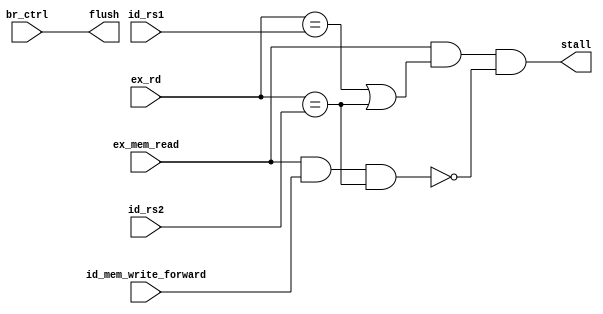
module hazard_detection(
    input  wire      ex_mem_read,
    input  wire[4:0] id_rs1,
    input  wire[4:0] id_rs2,
    input  wire[4:0] ex_rd,
    input  wire      br_ctrl,
    input  wire      id_mem_write_forward,
    output wire      stall,
    output wire      flush
);

wire load_stall;
assign load_stall      = ex_mem_read && (ex_rd == id_rs1 || ex_rd == id_rs2);
//detect load+store to avoid being stalled
assign stall_exception = ex_mem_read && id_mem_write_forward && (ex_rd == id_rs2);
assign flush           = br_ctrl;
assign stall           = load_stall && (~stall_exception);

endmodule